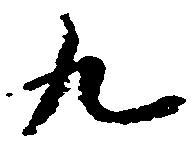
九